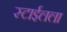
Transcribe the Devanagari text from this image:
स्टाईलला